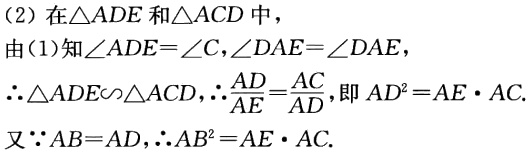
（2）在\(\triangle ADE\)和\(\triangle ACD\)中，

由（1）知\(\angle ADE = \angle C\)，\(\angle DAE=\angle DAE\)，

\(\therefore \triangle ADE\sim\triangle ACD\)，\(\therefore \frac{AD}{AE}=\frac{AC}{AD}\)，即\(AD^{2}=AE\cdot AC\).

又\(\because AB = AD\)，\(\therefore AB^{2}=AE\cdot AC\).